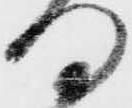
何